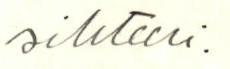
sihteeri.